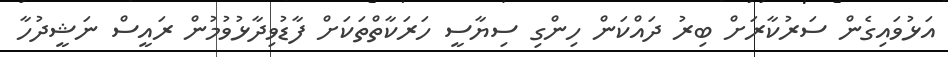
އަޅުވައިގެން ސަރުކާރަށް ބިރު ދައްކަން ހިންގި ސިޔާސީ ހަރަކާތްތަކަށް ފާޑުވިދާޅުވުމުން ރައީސް ނަޝީދުހާ